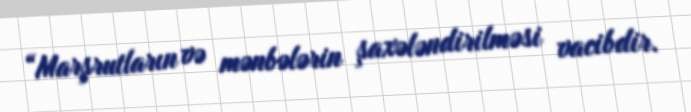
“Marşrutların və mənbələrin şaxələndirilməsi vacibdir.